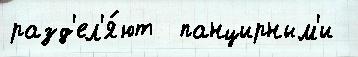
разд'ел'я́ют  панцирным'и